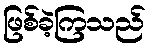
ဖြစ်ခဲ့ကြသည်